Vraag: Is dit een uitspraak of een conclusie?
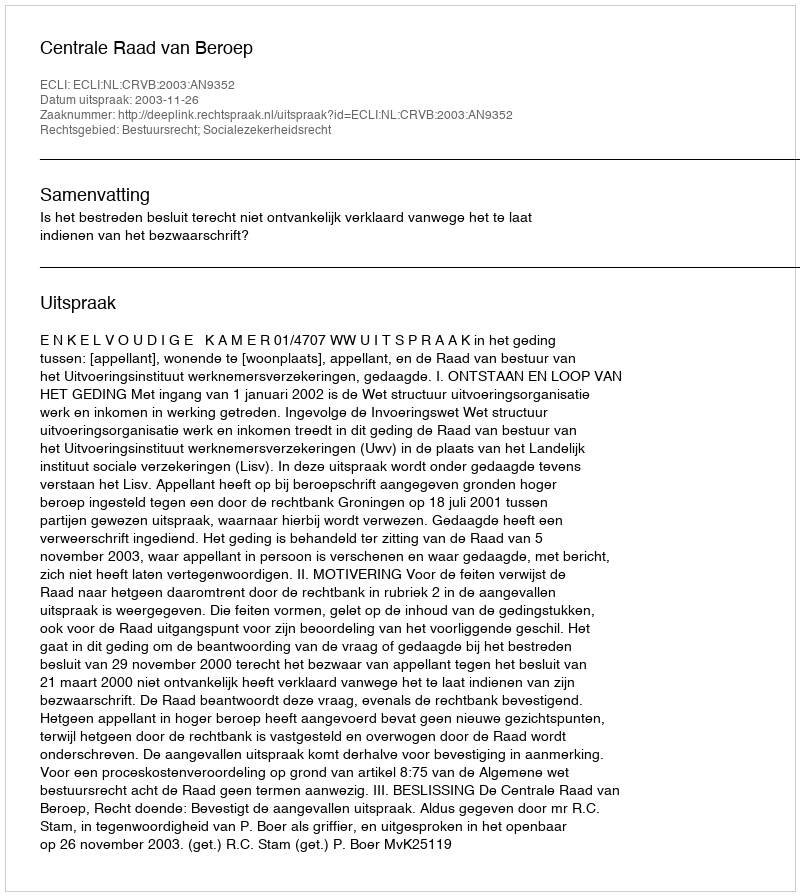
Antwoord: Uitspraak